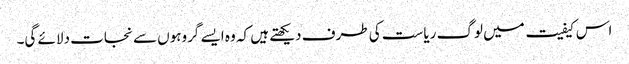
اس کیفیت میں لوگ ریاست کی طرف دیکھتے ہیں کہ وہ ایسے گروہوں سے نجات دلائے گی۔